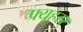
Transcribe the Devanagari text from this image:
फ्यूहरर्